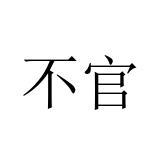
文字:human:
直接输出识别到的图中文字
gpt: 不官